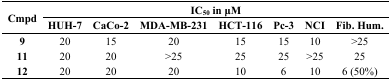
<table><thead><tr><td rowspan="2"><b>Cmpd</b></td><td colspan="7"><b>IC<sub>50</sub> in μM</b></td></tr><tr><td><b>HUH-7</b></td><td><b>CaCo-2</b></td><td><b>MDA-MB-231</b></td><td><b>HCT-116</b></td><td><b>Pc-3</b></td><td><b>NCI</b></td><td><b>Fib. Hum.</b></td></tr></thead><tbody><tr><td><b>9</b></td><td>20</td><td>15</td><td>20</td><td>15</td><td>15</td><td>10</td><td>&gt;25</td></tr><tr><td><b>11</b></td><td>20</td><td>20</td><td>&gt;25</td><td>25</td><td>25</td><td>&gt;25</td><td>25</td></tr><tr><td><b>12</b></td><td>20</td><td>20</td><td>20</td><td>10</td><td>6</td><td>10</td><td>6 (50%)</td></tr></tbody></table>